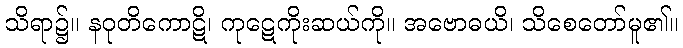
သိရာ၌။ နဝုတိကောဋိ၊ ကုဋေကိုးဆယ်ကို။ အဗောဓယိ၊ သိစေတော်မူ၏။